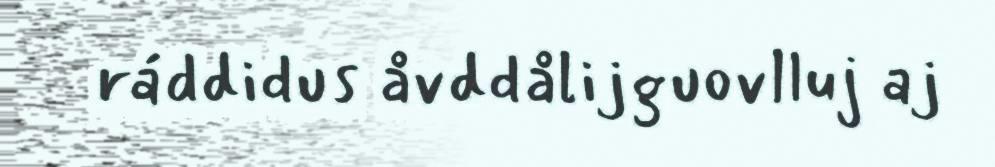
ráddidus åvddålijguovlluj aj